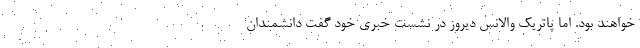
خواهند بود. اما پاتریک والانس دیروز در نشست خبری خود گفت دانشمندان